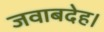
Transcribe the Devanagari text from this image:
जवाबदेह।